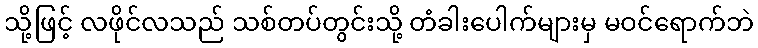
သို့ဖြင့် လဖိုင်လသည် သစ်တပ်တွင်းသို့ တံခါးပေါက်များမှ မဝင်ရောက်ဘဲ